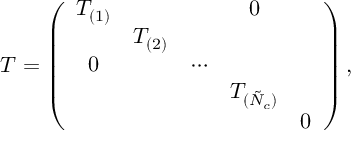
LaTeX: T = \left( \begin{array} { c c c c c } { { T _ { ( 1 ) } } } & { { } } & { { } } & { { 0 } } & { { } } \\ { { } } & { { T _ { ( 2 ) } } } & { { } } & { { } } & { { } } \\ { { 0 } } & { { } } & { { \cdots } } & { { } } & { { } } \\ { { } } & { { } } & { { } } & { { T _ { ( \tilde { N } _ { c } ) } } } & { { } } \\ { { } } & { { } } & { { } } & { { } } & { { 0 } } \end{array} \right) ,